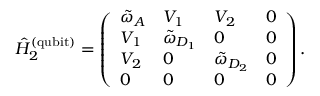
\hat { H } _ { 2 } ^ { \mathrm { ( q u b i t ) } } = \left( \begin{array} { l l l l } { \tilde { \omega } _ { A } } & { V _ { 1 } } & { V _ { 2 } } & { 0 } \\ { V _ { 1 } } & { \tilde { \omega } _ { D _ { 1 } } } & { 0 } & { 0 } \\ { V _ { 2 } } & { 0 } & { \tilde { \omega } _ { D _ { 2 } } } & { 0 } \\ { 0 } & { 0 } & { 0 } & { 0 } \end{array} \right) .